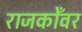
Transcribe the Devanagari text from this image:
राजकोँवर